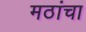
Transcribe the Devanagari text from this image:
मठांचा